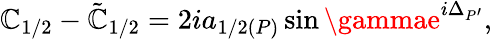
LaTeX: \mathbb{C}_{1/2}-\tilde{{\mathbb{C}}}_{1/2}=2ia_{1/2(P)}\sin\gammae^{i\Delta_{P^{\prime}}},